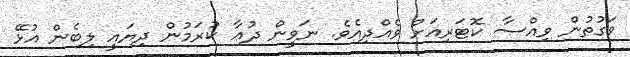
ވަގުތުން ވިއްސާ ކޮޓަރިއަށް ވެއްދިއެވެ. ނަވީން ދުޢާ ކުރަމުން ދިޔައީ ލިބެން އުޅޭ